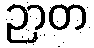
ဉာတ